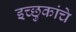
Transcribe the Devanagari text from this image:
इच्छुकांचे